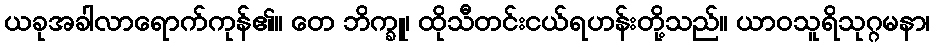
ယခုအခါလာရောက်ကုန်၏။ တေ ဘိက္ခူ၊ ထိုသီတင်းငယ်ရဟန်းတို့သည်။ ယာဝသူရိသုဂ္ဂမနာ၊